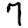
Digit: 7